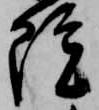
院